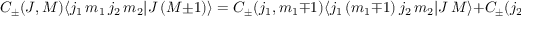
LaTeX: C _ { \pm } ( J , M ) \langle j _ { 1 } \, m _ { 1 } \, j _ { 2 } \, m _ { 2 } | J \, ( M \pm 1 ) \rangle = C _ { \pm } ( j _ { 1 } , m _ { 1 } \mp 1 ) \langle j _ { 1 } \, ( m _ { 1 } \mp 1 ) \, j _ { 2 } \, m _ { 2 } | J \, M \rangle + C _ { \pm } ( j _ { 2 } , m _ { 2 } \mp 1 ) \langle j _ { 1 } \, m _ { 1 } \, j _ { 2 } \, ( m _ { 2 } \mp 1 ) | J \, M \rangle